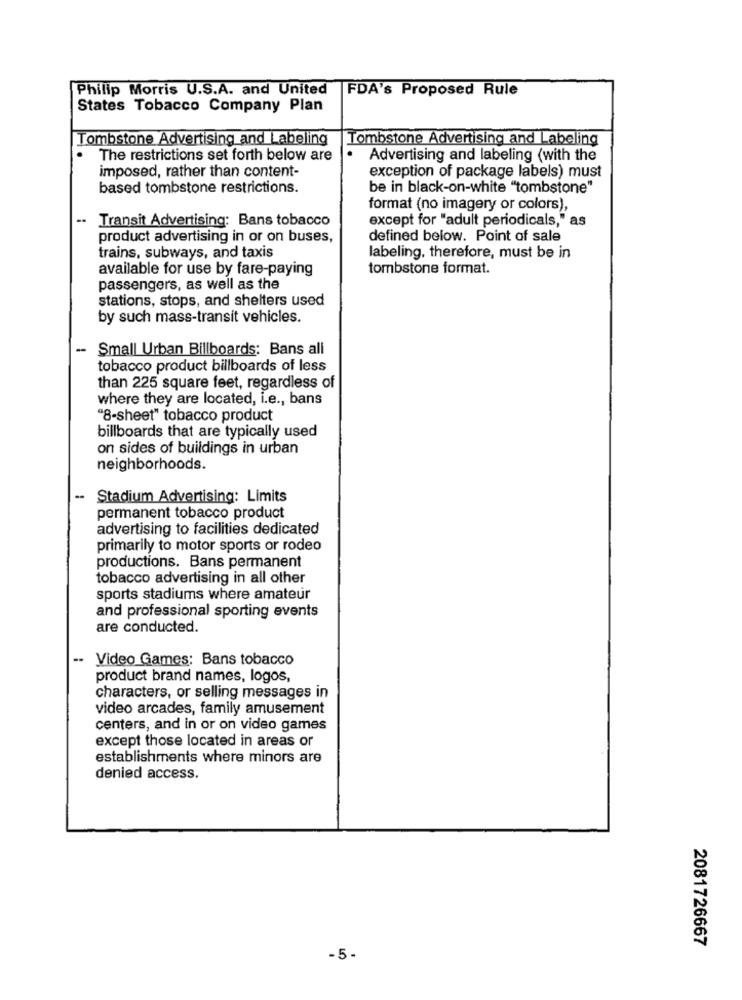
Philip Morris U.S.A. and United
FDA's Proposed Rule
States Tobacco Company Plan
Tombstone Advertising and Labeling
Tombstone Advertising and Labeling
The restrictions set forth below are
Advertising and labeling (with the
exception of package labels) must
imposed, rather than content-
based tombstone restrictions.
be in black-on-white "tombstone"
format (no imagery or colors),
Transit Advertising: Bans tobacco
except for "adult periodicals," as
product advertising in or on buses,
defined below. Point of sale
trains, subways, and taxis
labeling. therefore, must be in
available for use by fare-paying
tombstone format.
passengers, as well as the
stations, stops, and shelters used
by such mass-transit vehicles.
-
Small Urban Billboards: Bans all
tobacco product billboards of less
than 225 square feet, regardless of
where they are located, i.e ., bans
"8-sheet" tobacco product
billboards that are typically used
on sides of buildings in urban
neighborhoods.
-
Stadium Advertising: Limits
permanent tobacco product
advertising to facilities dedicated
primarily to motor sports or rodeo
productions. Bans permanent
tobacco advertising in all other
sports stadiums where amateur
and professional sporting events
are conducted.
.. Video Games: Bans tobacco
product brand names, logos,
characters, or selling messages in
video arcades, family amusement
centers, and in or on video games
except those located in areas or
establishments where minors are
denied access.
2081726667
-5-